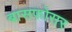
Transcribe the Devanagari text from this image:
बासफोसर